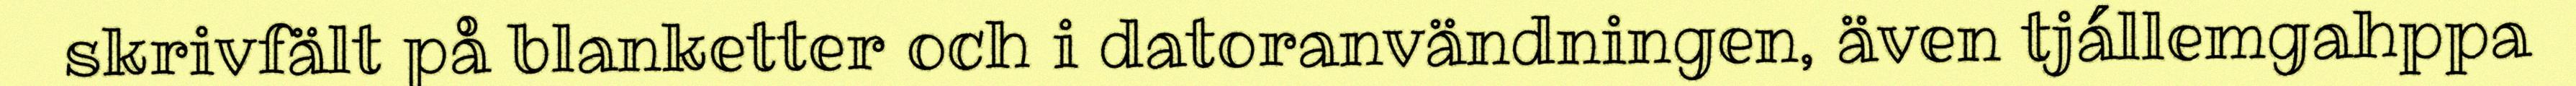
skrivfält på blanketter och i datoranvändningen, även tjállemgahppa